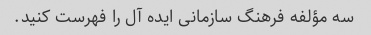
سه مؤلفه فرهنگ سازمانی ایده آل را فهرست کنید.